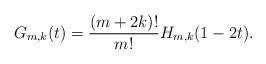
LaTeX: \begin{align*}G_{m,k}(t) = \frac{(m+2k)!}{m!}H_{m,k}(1 - 2t).\end{align*}